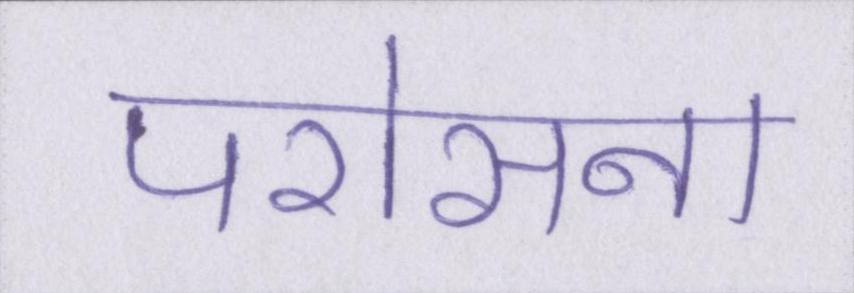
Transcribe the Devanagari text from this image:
परोसना